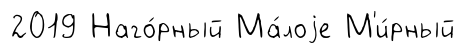
2019 Наго́рный Ма́лоjе М'и́рный